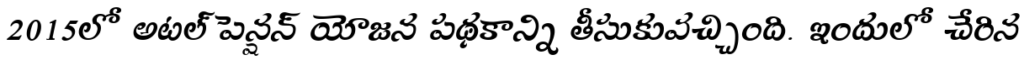
2015లో అటల్ పెన్షన్ యోజన పథకాన్ని తీసుకువచ్చింది. ఇందులో చేరిన